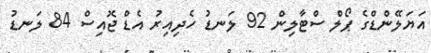
އަޔަލޭންޑްގެ ޕޯލް ސްޓާލިން 92 ލަނޑު ހެދިއިރު އެޑް ޖޮއިސް 84 ލަނޑު